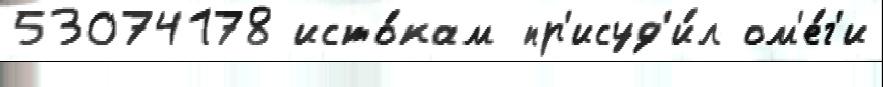
53074178 исто́кам пр'исуд'и́л ом'е́г'и